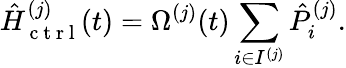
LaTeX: \hat{H}_{\mathrm{~c~t~r~l~}}^{(j)}(t)=\Omega^{(j)}(t)\sum_{i\in{I^{(j)}}}\hat{P}_{i}^{(j)}.